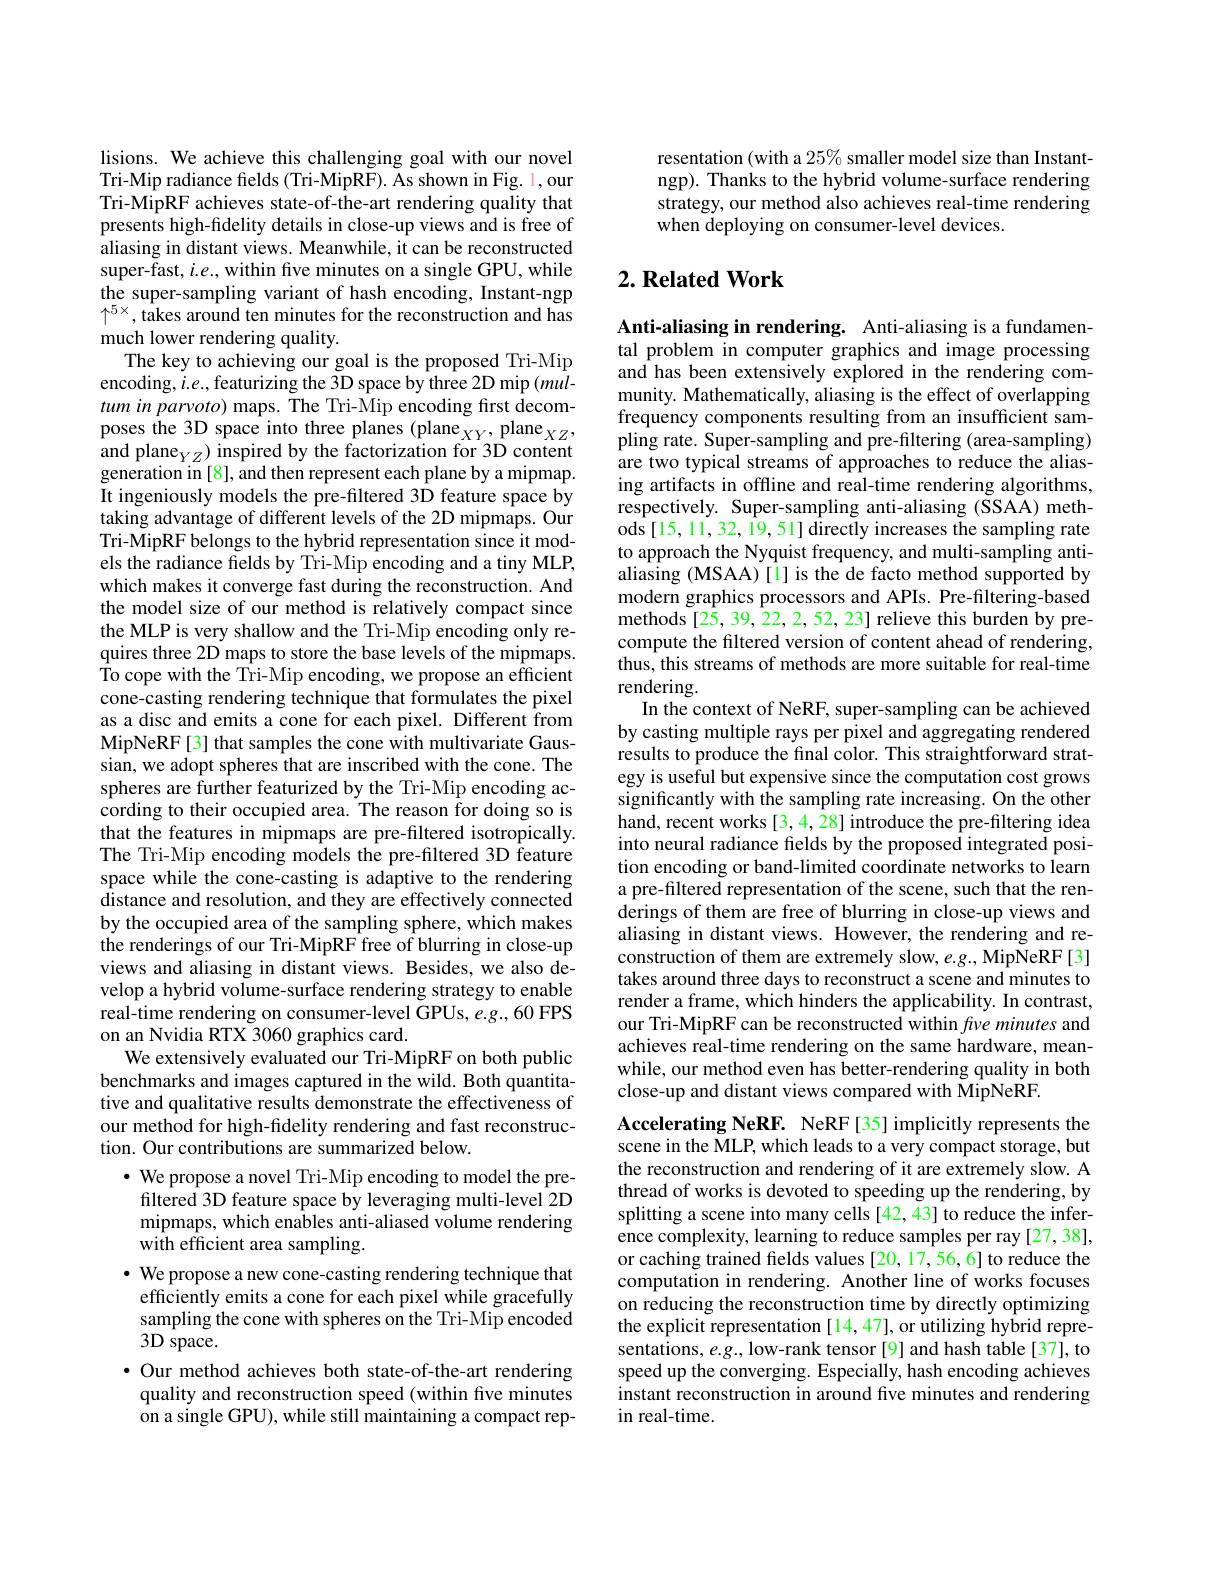
lisions. We achieve this challenging goal with our novel Tri-Mip radiance felds (Tri-MipRF). As shown in Fig. 1, our Tri-MipRF achieves state-of-the-art rendering quality that presents high-fidelity details in close-up views and is free of aliasing in distant views. Meanwhile, it can be reconstructed super-fast, $i.e.$, within five minutes on a single GPU, while the super-sampling variant of hash encoding, Instant-ngp $\uparrow^{5\times}$,takes around ten minutes for the reconstruction and has much lower rendering quality.
The key to achieving our goal is the proposed Tri-Mip encoding, $i.e.$, featurizing the 3D space by three 2D mip (multum in parvoto) maps. The Tri-Mip encoding first decomposes the 3D space into three planes (plane$_XY$,plane$_XZ$, and plane$_YZ)$ inspired by the factorization for 3D content generation in[8], and then represent each plane by a mipmap. It ingeniously models the pre-filtered 3D feature space by taking advantage of different levels of the 2D mipmaps. Our Tri-MipRF belongs to the hybrid representation since it models the radiance fields by Tri-Mip encoding and a tiny MLP, which makes it converge fast during the reconstruction. And the model size of our method is relatively compact since the MLP is very shallow and the Tri-Mip encoding only requires three 2D maps to store the base levels of the mipmaps. ${\hat{\text{To cope with the Tri-Mip encoding, we propose an efficient}}}$ cone-casting rendering technique that formulates the pixel as a disc and emits a cone for each pixel. Different from MipNeRF[3] that samples the cone with multivariate Gaussian, we adopt spheres that are inscribed with the cone. The spheres are further featurized by the Tri-Mip encoding according to their occupied area. The reason for doing so is that the features in mipmaps are pre-filtered isotropically. The Tri-Mip encoding models the pre-filtered 3D feature space while the cone-casting is adaptive to the rendering distance and resolution, and they are effectively connected by the occupied area of the sampling sphere, which makes the renderings of our Tri-MipRF free of blurring in close-up views and aliasing in distant views. Besides, we also develop a hybrid volume-surface rendering strategy to enable real-time rendering on consumer-level GPUs, e.g., 60 FPS on an Nvidia RTX 3060 graphics card.
We extensively evaluated our Tri-MipRF on both public benchmarks and images captured in the wild. Both quantitative and qualitative results demonstrate the effectiveness of our method for high-fidelity rendering and fast reconstruction. Our contributions are summarized below.
$\cdot$ We propose a novel Tri-Mip encoding to model the prefiltered 3D feature space by leveraging multi-level 2D mipmaps, which enables anti-aliased volume rendering with efficient area sampling.
$\cdot$ We propose a new cone-casting rendering technique that efficiently emits a cone for each pixel while gracefully sampling the cone with spheres on the Tri-Mip encoded $3D$ space.
· Our method achieves both state-of-the-art rendering
quality and reconstruction speed (within five minutes on a single GPU), while still maintaining a compact rep-

resentation (with a $25\%$ smaller model size than Instantngp). Thanks to the hybrid volume-surface rendering strategy, our method also achieves real-time rendering when deploying on consumer-level devices.

## $2. \textbf{Related Work}$

Anti-aliasing in rendering. Anti-aliasing is a fundamental problem in computer graphics and image processing and has been extensively explored in the rendering community. Mathematically, aliasing is the effect of overlapping frequency components resulting from an insufficient sampling rate. Super-sampling and pre-filtering (area-sampling) are two typical streams of approaches to reduce the aliasing artifacts in offline and real-time rendering algorithms, respectively. Super-sampling anti-aliasing (SSAA) methods[15,11,32,19,51] directly increases the sampling rate to approach the Nyquist frequency, and multi-sampling antialiasing (MSAA) [1] is the de facto method supported by modern graphics processors and APIs. Pre-filtering-based methods[25, 39, 22, 2, 52, 23] relieve this burden by precompute the filtered version of content ahead of rendering, thus, this streams of methods are more suitable for real-time rendering.
In the context of NeRF, super-sampling can be achieved by casting multiple rays per pixel and aggregating rendered results to produce the final color. This straightforward strategy is useful but expensive since the computation cost grows significantly with the sampling rate increasing. On the other hand, recent works[3,4,28] introduce the pre-filtering idea into neural radiance fields by the proposed integrated position encoding or band-limited coordinate networks to learn a pre-filtered representation of the scene, such that the renderings of them are free of blurring in close-up views and aliasing in distant views. However, the rendering and reconstruction of them are extremely slow, $e.g.$, MipNeRF[3] takes around three days to reconstruct a scene and minutes to render a frame, which hinders the applicability. In contrast, our Tri-MipRF can be reconstructed within fve minutes and achieves real-time rendering on the same hardware, meanwhile, our method even has better-rendering quality in both close-up and distant views compared with MipNeRF.

Accelerating NeRF. NeRF[35] implicitly represents the scene in the MLP, which leads to a very compact storage, but the reconstruction and rendering of it are extremely slow. A thread of works is devoted to speeding up the rendering, by splitting a scene into many cells [42,43] to reduce the inference complexity, learning to reduce samples per ray [27, 38], or caching trained felds values [20,17,56,6] to reduce the computation in rendering. Another line of works focuses on reducing the reconstruction time by directly optimizing the explicit representation [14,47], or utilizing hybrid representations, $e.g.$, low-rank tensor [9] and hash table[37], to speed up the converging. Especially, hash encoding achieves instant reconstruction in around five minutes and rendering in real-time.